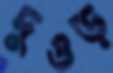
দুওড়